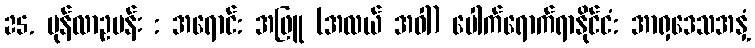
25. မုန်လာဥပန်း : အရောင်: အဖြူ (အလယ် အဝါ) ပေါက်ရောက်ရာနိုင်ငံ: အာရှဒေသအနှံ့